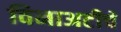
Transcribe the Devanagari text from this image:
विनाअटीचे